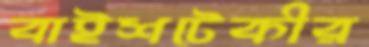
বাইশটেকীর